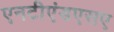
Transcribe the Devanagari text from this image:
एनटीएंडएसए